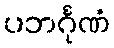
ပဘင်္ဂုဏံ